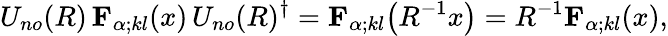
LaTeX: U_{no}(R)\, {\mathbf{F}}_{\alpha;kl}(x)\, U_{no}(R)^{\dagger}={\mathbf{F}}_{\alpha;kl}\bigl(R^{-1}x\bigr)=R^{-1}{\mathbf{F}}_{\alpha;kl}(x),